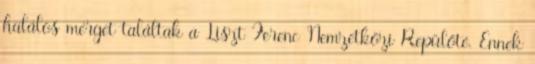
halálos mérget találtak a Liszt Ferenc Nemzetközi Repülőté. Ennek